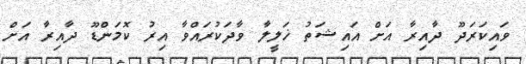
ވައިކަރަދޫ ދާއިރާ އަށް އައިޝަތު ޚަލީލާ ވާދަކުރައްވާ އިރު ކޮމަންޑޫ ދާއިރާ އަށް